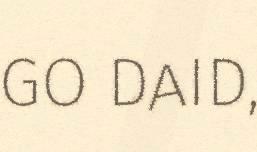
GO DAID,